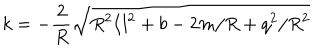
k = - \frac { 2 } { R } \sqrt { R ^ { 2 } / l ^ { 2 } + b - 2 m / R + q ^ { 2 } / R ^ { 2 } }